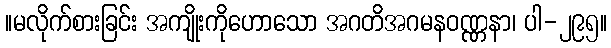
။မလိုက်စားခြင်း အကျိုးကိုဟောသော အဂတိအဂမနဝဏ္ဏနာ၊ ပါ-၂၉၅။